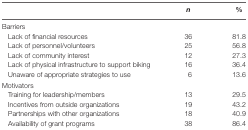
|  | n | % |
 | --- | --- | --- |
 | <COLSPAN=3> Barriers |
 | Lack of financial resources | 36 | 81.8 |
 | Lack of personnel/volunteers | 25 | 56.8 |
 | Lack of community interest | 12 | 27.3 |
 | Lack of physical infrastructure to support biking | 16 | 36.4 |
 | Unaware of appropriate strategies to use | 6 | 13.6 |
 | <COLSPAN=3> Motivators |
 | Training for leadership/members | 13 | 29.5 |
 | Incentives from outside organizations | 19 | 43.2 |
 | Partnerships with other organizations | 18 | 40.9 |
 | Availability of grant programs | 38 | 86.4 |